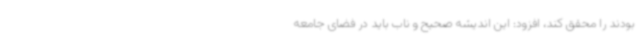
بودند را محقق کند، افزود: این اندیشه صحیح و ناب باید در فضای جامعه